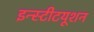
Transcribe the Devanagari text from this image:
इन्स्टीटयूशन